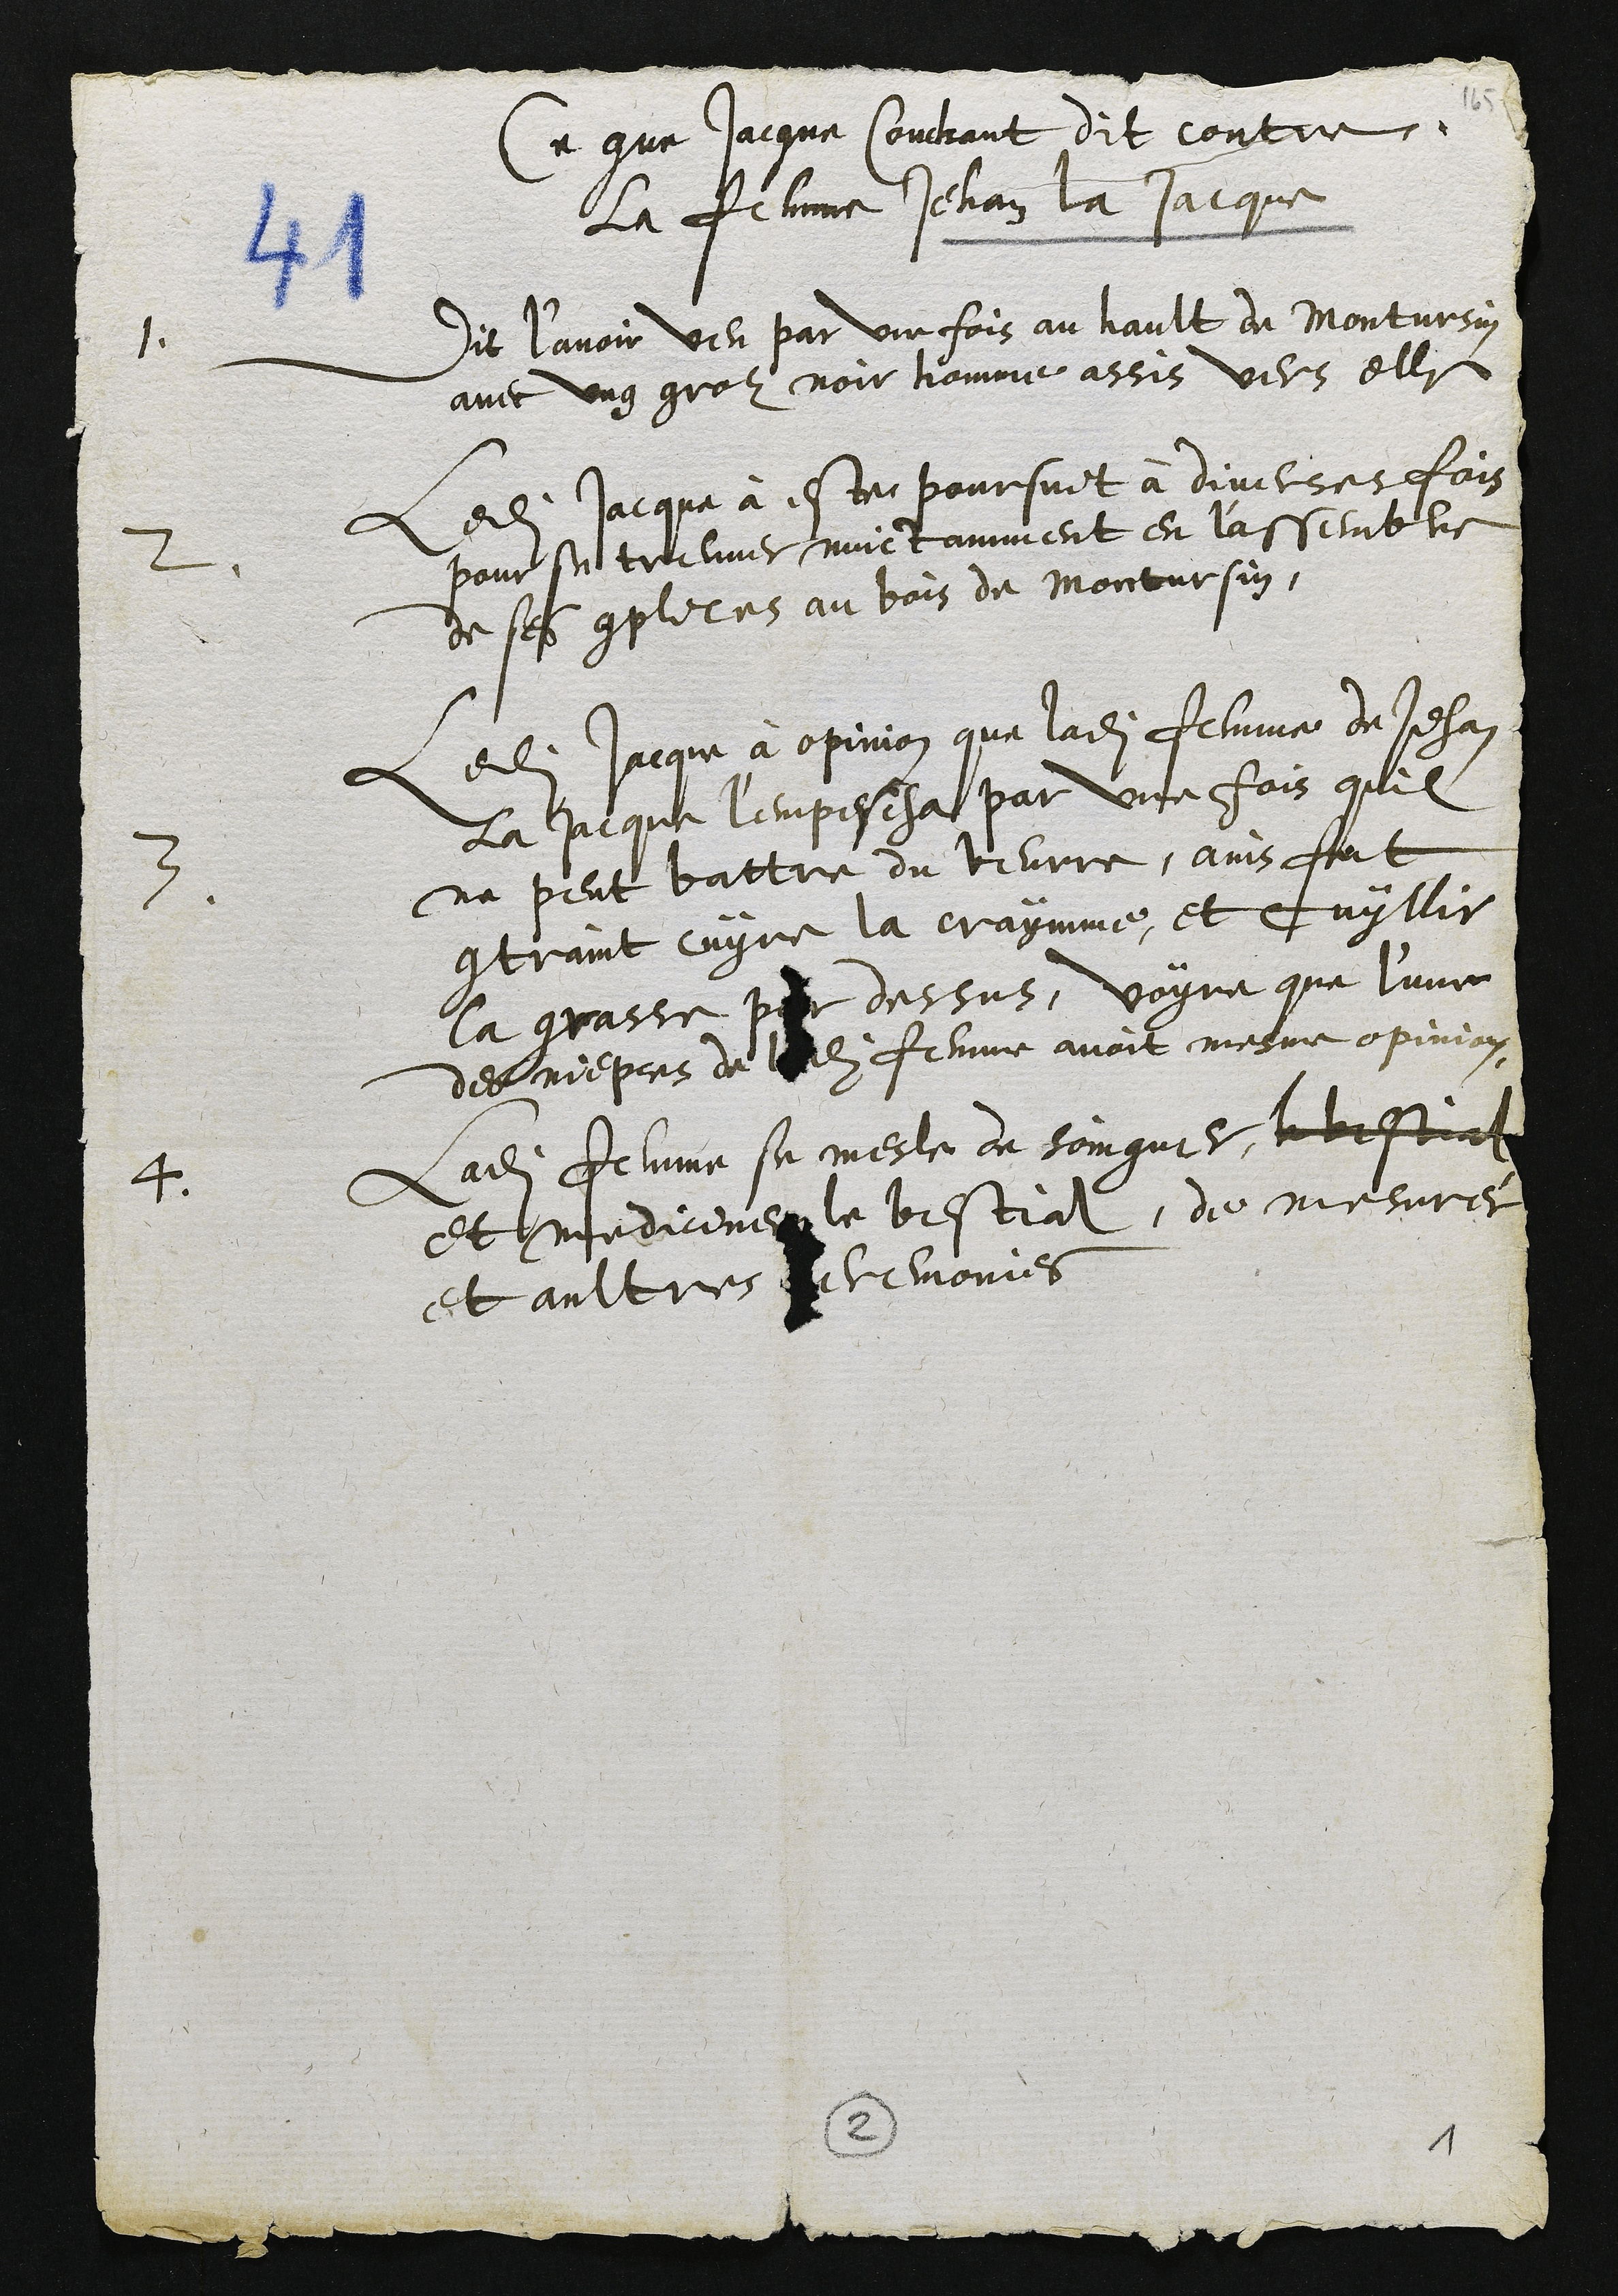
Ce que Jacque Couchant dit contre
la femme Jehan la Jacque
1
Dit l’avoir veu par une fois au hault de Montursin
avec ung groz noir homme assis vers elle
2.
Ledit Jacque à este poursuit à diverses fois
pour se treuver nuictamment en l'assemble
de ses complices au bois de Montursin,
3.
Ledit Jacque à opinion que ladite femme de Jehan
la Jacque l'empescha par une fois quil
ne peut battre du beurre, ains fut
contraint cuyre la craymme, et cuyllir
la grasse par dessus, voyre que l'une
des niepces de ladite femme avoit mesme opinion
4
Ladite femme se mesle de soingner le bestial
et mediciner le bestial, de mesurer
et aultres ceremonies
2
1